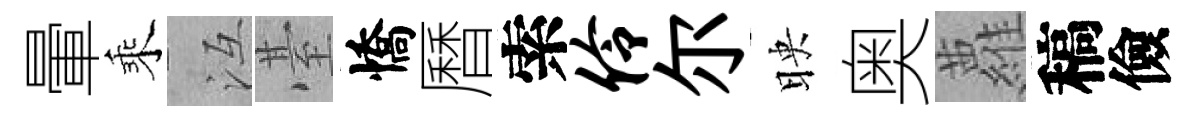
暈乘冱䑓憍曆索伶尔映奥蘿稿儉